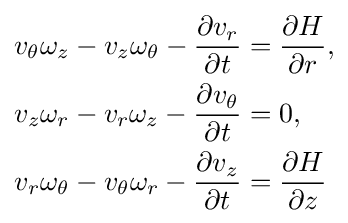
{\begin{aligned}v_{\theta }\omega _{z}-v_{z}\omega _{\theta }-{\frac {\partial v_{r}}{\partial t}}&={\frac {\partial H}{\partial r}},\\v_{z}\omega _{r}-v_{r}\omega _{z}-{\frac {\partial v_{\theta }}{\partial t}}&=0,\\v_{r}\omega _{\theta }-v_{\theta }\omega _{r}-{\frac {\partial v_{z}}{\partial t}}&={\frac {\partial H}{\partial z}}\end{aligned}}